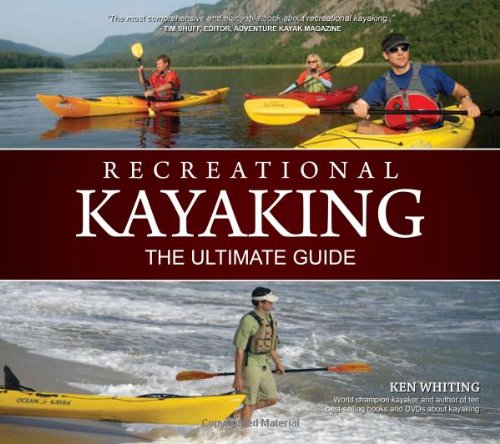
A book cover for Recreational Kayaking: The Ultimate Guide; Ken Whiting; Sports & Outdoors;